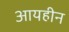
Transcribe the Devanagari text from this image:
आयहीन